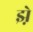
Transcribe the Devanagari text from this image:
झ़े